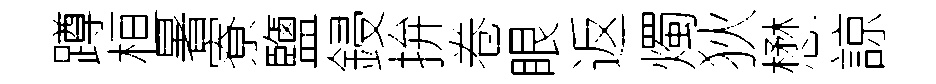
蹲桓暑寮鹽鋟拚卷眼返燭狄懋諒